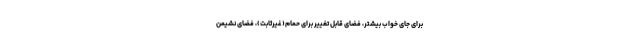
برای جای خواب بیشتر، فضای قابل تغییر برای حمام(غیرثابت)، فضای نشیمن